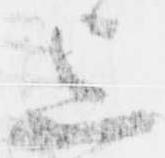
上